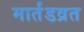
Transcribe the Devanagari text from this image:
मार्तंडव्रत